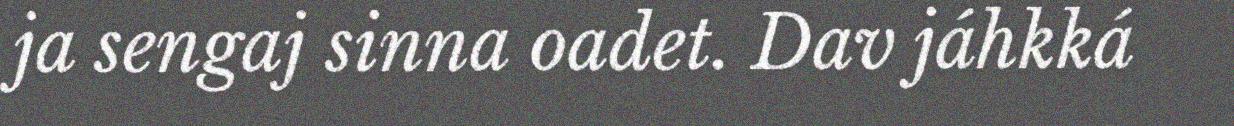
ja sengaj sinna oadet. Dav jáhkká